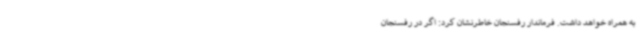
به همراه خواهد داشت. فرماندار رفسنجان خاطرنشان کرد: اگر در رفسنجان